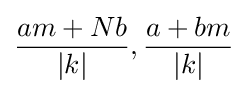
{\frac {am+Nb}{|k|}},{\frac {a+bm}{|k|}}